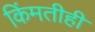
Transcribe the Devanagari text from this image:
किंमतीही